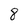
Character: 8